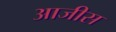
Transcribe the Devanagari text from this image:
आजीस